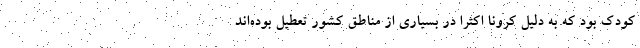
کودک بود که به دلیل کرونا اکثرا در بسیاری از مناطق کشور تعطیل بوده‌اند